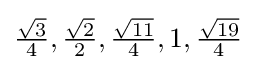
{\tfrac {\sqrt {3}}{4}},{\tfrac {\sqrt {2}}{2}},{\tfrac {\sqrt {11}}{4}},1,{\tfrac {\sqrt {19}}{4}}